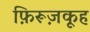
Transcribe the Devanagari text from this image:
फ़िरूज़कूह